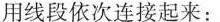
用线段依次连接起来：